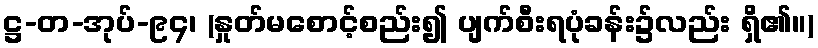
ဋ္ဌ-တ-အုပ်-၉၄၊ (နှုတ်မစောင့်စည်း၍ ပျက်စီးရပုံခန်း၌လည်း ရှိ၏။)